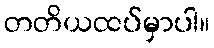
တတိယထပ်မှာပါ။